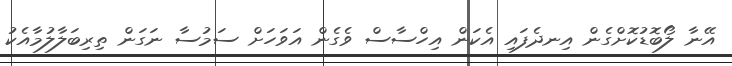
އޭނާ ލޯބޮޑުކޮށްގެން އިނދެފައި އެކަން އިހްސާސް ވެގެން އަވަހަށް ސަމުސާ ނަގަން ތިރިބަލާލުމާއެކު